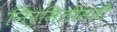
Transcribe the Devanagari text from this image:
निर्मितीसही